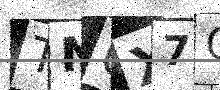
Text: TNGX7G